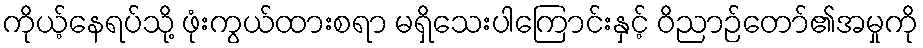
ကိုယ့်နေရပ်သို့ ဖုံးကွယ်ထားစရာ မရှိသေးပါကြောင်းနှင့် ဝိညာဉ်တော်၏အမှုကို